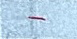
-